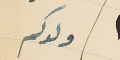
ولدكم